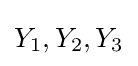
Y_{1},Y_{2},Y_{3}